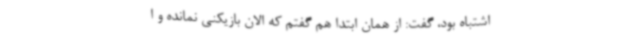
اشتباه بود، گفت: از همان ابتدا هم گفتم که الان بازیکنی نمانده و ا